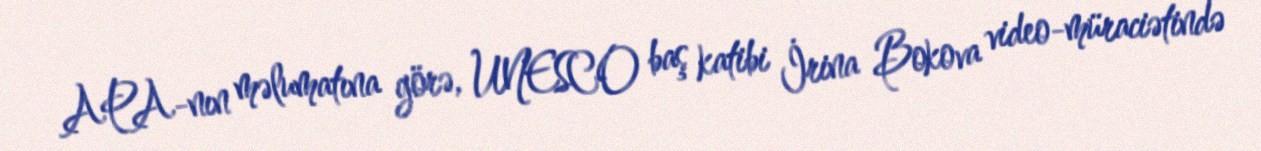
APA-nın məlumatına görə, UNESCO baş katibi İrina Bokova video-müraciətində